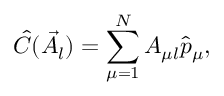
\hat { C } ( \vec { A } _ { l } ) = \sum _ { \mu = 1 } ^ { N } A _ { \mu l } \hat { p } _ { \mu } ,